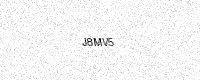
Text: J8MV5